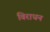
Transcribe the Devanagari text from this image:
विराधन